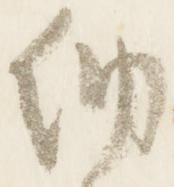
納